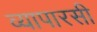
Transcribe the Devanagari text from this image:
व्यापारसी